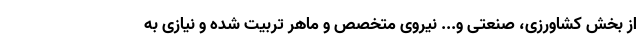
از بخش کشاورزی، صنعتی و... نیروی متخصص و ماهر تربیت شده و نیازی به